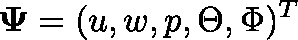
\mathbf { \Psi } = ( u , w , p , \Theta , \Phi ) ^ { T }